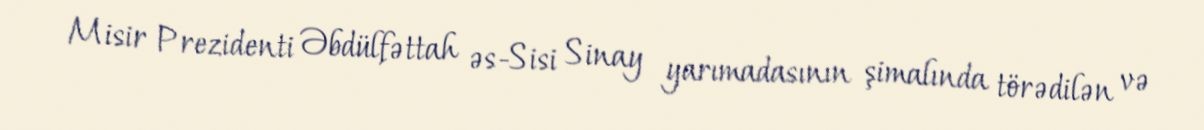
Misir Prezidenti Əbdülfəttah əs-Sisi Sinay yarımadasının şimalında törədilən və